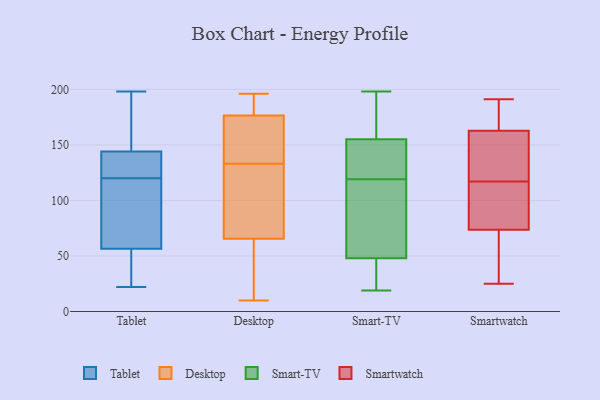
{"axis": {"x": "Waste Production (Tons)", "y": "Value"}, "legend": ["Desktop", "Smart-TV", "Smartwatch", "Tablet"], "data": [{"x": "", "y": 24, "type": "Tablet"}, {"x": "", "y": 138, "type": "Tablet"}, {"x": "", "y": 127, "type": "Tablet"}, {"x": "", "y": 146, "type": "Tablet"}, {"x": "", "y": 129, "type": "Tablet"}, {"x": "", "y": 76, "type": "Tablet"}, {"x": "", "y": 50, "type": "Tablet"}, {"x": "", "y": 177, "type": "Tablet"}, {"x": "", "y": 120, "type": "Tablet"}, {"x": "", "y": 101, "type": "Tablet"}, {"x": "", "y": 49, "type": "Tablet"}, {"x": "", "y": 157, "type": "Tablet"}, {"x": "", "y": 198, "type": "Tablet"}, {"x": "", "y": 78, "type": "Tablet"}, {"x": "", "y": 22, "type": "Tablet"}, {"x": "", "y": 16, "type": "Desktop"}, {"x": "", "y": 64, "type": "Desktop"}, {"x": "", "y": 10, "type": "Desktop"}, {"x": "", "y": 144, "type": "Desktop"}, {"x": "", "y": 184, "type": "Desktop"}, {"x": "", "y": 196, "type": "Desktop"}, {"x": "", "y": 121, "type": "Desktop"}, {"x": "", "y": 177, "type": "Desktop"}, {"x": "", "y": 67, "type": "Desktop"}, {"x": "", "y": 44, "type": "Desktop"}, {"x": "", "y": 88, "type": "Desktop"}, {"x": "", "y": 187, "type": "Desktop"}, {"x": "", "y": 159, "type": "Desktop"}, {"x": "", "y": 122, "type": "Desktop"}, {"x": "", "y": 168, "type": "Desktop"}, {"x": "", "y": 176, "type": "Desktop"}, {"x": "", "y": 55, "type": "Smart-TV"}, {"x": "", "y": 19, "type": "Smart-TV"}, {"x": "", "y": 27, "type": "Smart-TV"}, {"x": "", "y": 95, "type": "Smart-TV"}, {"x": "", "y": 155, "type": "Smart-TV"}, {"x": "", "y": 165, "type": "Smart-TV"}, {"x": "", "y": 166, "type": "Smart-TV"}, {"x": "", "y": 182, "type": "Smart-TV"}, {"x": "", "y": 146, "type": "Smart-TV"}, {"x": "", "y": 128, "type": "Smart-TV"}, {"x": "", "y": 42, "type": "Smart-TV"}, {"x": "", "y": 64, "type": "Smart-TV"}, {"x": "", "y": 143, "type": "Smart-TV"}, {"x": "", "y": 48, "type": "Smart-TV"}, {"x": "", "y": 198, "type": "Smart-TV"}, {"x": "", "y": 33, "type": "Smart-TV"}, {"x": "", "y": 143, "type": "Smart-TV"}, {"x": "", "y": 110, "type": "Smart-TV"}, {"x": "", "y": 169, "type": "Smartwatch"}, {"x": "", "y": 191, "type": "Smartwatch"}, {"x": "", "y": 140, "type": "Smartwatch"}, {"x": "", "y": 124, "type": "Smartwatch"}, {"x": "", "y": 34, "type": "Smartwatch"}, {"x": "", "y": 147, "type": "Smartwatch"}, {"x": "", "y": 46, "type": "Smartwatch"}, {"x": "", "y": 179, "type": "Smartwatch"}, {"x": "", "y": 136, "type": "Smartwatch"}, {"x": "", "y": 64, "type": "Smartwatch"}, {"x": "", "y": 168, "type": "Smartwatch"}, {"x": "", "y": 102, "type": "Smartwatch"}, {"x": "", "y": 27, "type": "Smartwatch"}, {"x": "", "y": 117, "type": "Smartwatch"}, {"x": "", "y": 25, "type": "Smartwatch"}, {"x": "", "y": 115, "type": "Smartwatch"}, {"x": "", "y": 103, "type": "Smartwatch"}, {"x": "", "y": 168, "type": "Smartwatch"}, {"x": "", "y": 102, "type": "Smartwatch"}]}